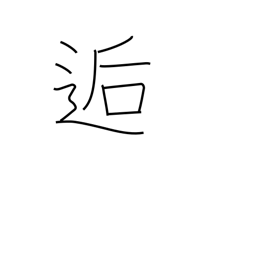
Meaning: meet